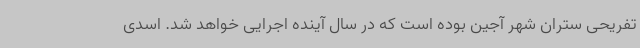
تفریحی ستران شهر آجین بوده است که در سال آینده اجرایی خواهد شد. اسدی